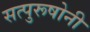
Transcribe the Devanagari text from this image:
सत्पुरूषोनी